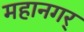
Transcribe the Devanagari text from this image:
महानगर्